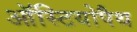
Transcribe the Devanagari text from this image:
ऑस्टियोपैथ